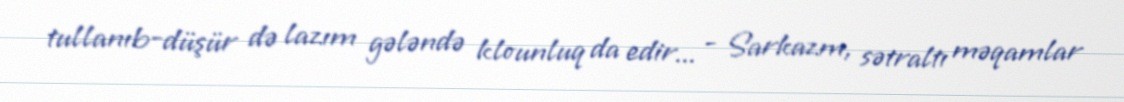
tullanıb-düşür də lazım gələndə klounluq da edir... - Sarkazm, sətraltı məqamlar